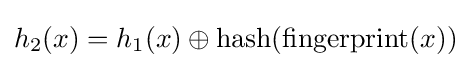
h_{2}(x)=h_{1}(x)\oplus {\text{hash}}({\text{fingerprint}}(x))